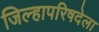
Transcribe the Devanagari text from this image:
जिल्हापरिषदेला